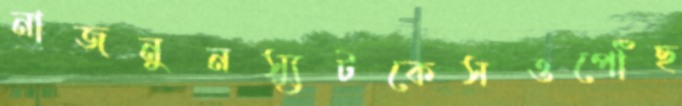
নাজনুনস্যুটকেসওপৌঁছ